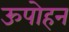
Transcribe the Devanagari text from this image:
ऊपोहन